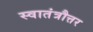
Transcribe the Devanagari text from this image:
स्वातंत्रौत्तर